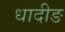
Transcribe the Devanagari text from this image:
धादीङ